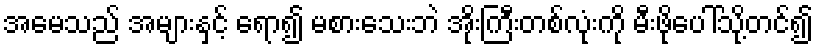
အမေသည် အများနှင့် ရော၍ မစားသေးဘဲ အိုးကြီးတစ်လုံးကို မီးဖိုပေါ်သို့တင်၍